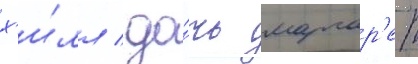
х'и́лл / до́чь маргар'ет